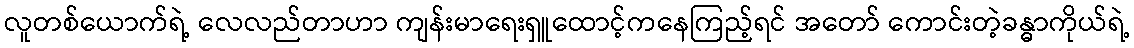
လူတစ်ယောက်ရဲ့ လေလည်တာဟာ ကျန်းမာရေးရှူထောင့်ကနေကြည့်ရင် အတော် ကောင်းတဲ့ခန္ဓာကိုယ်ရဲ့